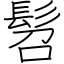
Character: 髫